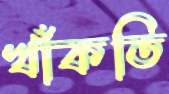
খাঁকতি